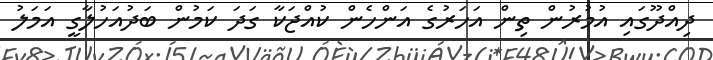
ދިއްދޫގައި އުމުރުން ތިން އަހަރުގެ އަންހެން ކުއްޖަކާ ގަދަ ކަމުން ބަދުއަހުލާގީ އަމަލު